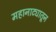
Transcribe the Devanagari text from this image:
महानाट्यातून